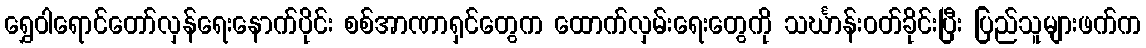
ရွှေဝါရောင်တော်လှန်ရေးနောက်ပိုင်း စစ်အာဏာရှင်တွေက ထောက်လှမ်းရေးတွေကို သင်္ဃာန်းဝတ်ခိုင်းပြီး ပြည်သူများဖက်က